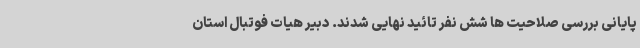
پایانی بررسی صلاحیت ها شش نفر تائید نهایی شدند. دبیر هیات فوتبال استان